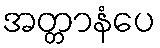
အတ္တာနံပေ